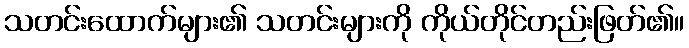
သတင်းထောက်များ၏ သတင်းများကို ကိုယ်တိုင်တည်းဖြတ်၏။